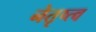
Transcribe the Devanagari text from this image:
नेतृष्त्व